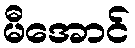
မီအောင်